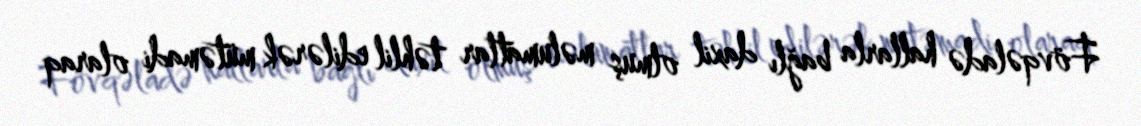
Fövqəladə hallarla bağlı daxil olmuş məlumatlar təhlil edilərək mütəmadi olaraq